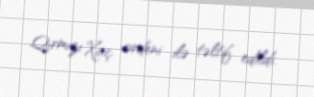
Qırmızı Xaç ordeni ilə təltif edildi.